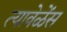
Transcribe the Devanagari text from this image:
त्यावेळेंस